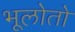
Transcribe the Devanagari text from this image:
भूलोतो